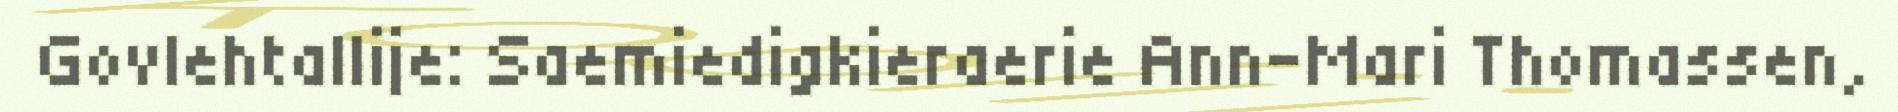
Govlehtallije: Saemiedigkieraerie Ann-Mari Thomassen,